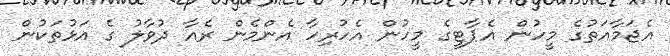
އެޖަމާއަތުގެ މީހުން އެޕާޓީގެ މީހުން އެހުރިހާ އެންމެން ރެއާ ދުވާލު ގެ އަޅުތަކުން